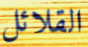
القلائل